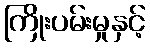
ကြိုးပမ်းမှုနှင့်